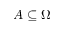
A \subseteq \Omega